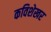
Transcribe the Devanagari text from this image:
कविशेखर